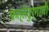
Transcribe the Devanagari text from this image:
फत्तेदुर्गाची